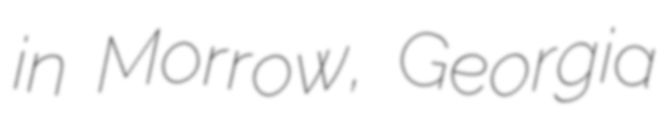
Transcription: in Morrow, Georgia